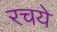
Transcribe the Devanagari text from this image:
रचये